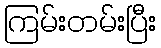
ကြမ်းတမ်းပြီး